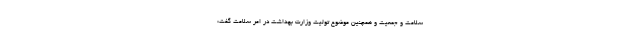
سلامت و جمعیت و همچنین موضوع تولیت وزارت بهداشت در امر سلامت گفت: